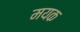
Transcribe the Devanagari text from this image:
मयक